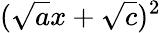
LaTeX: ({\sqrt{a}}x+{\sqrt{c}})^{2}